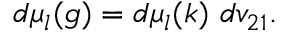
d \mu _ { l } ( g ) = d \mu _ { l } ( k ) ~ d v _ { 2 1 } .